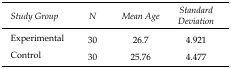
<table><thead><tr><td><b>Study Group</b></td><td><b>N</b></td><td><b>Mean Age</b></td><td><b>Standard Deviation</b></td></tr></thead><tbody><tr><td>Experimental</td><td>30</td><td>26.7</td><td>4.921</td></tr><tr><td>Control</td><td>30</td><td>25.76</td><td>4.477</td></tr></tbody></table>